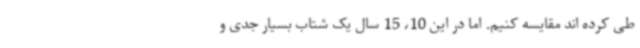
طی کرده اند مقایسه کنیم. اما در این 10، 15 سال یک شتاب بسیار جدی و